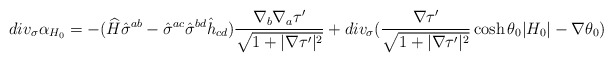
\begin{align*}div_{\sigma} \alpha_{H_0} = -(\widehat{H}\hat{\sigma}^{ab} -\hat{\sigma}^{ac} \hat{\sigma}^{bd} \hat{h}_{cd})\frac{\nabla_b\nabla_a \tau'}{\sqrt{1+|\nabla\tau'|^2}}+ div_\sigma (\frac{\nabla\tau'}{\sqrt{1+|\nabla\tau'|^2}} \cosh\theta_0|{H_0}|-\nabla\theta_0)\end{align*}